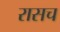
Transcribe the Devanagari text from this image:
रासच